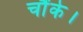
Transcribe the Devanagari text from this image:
चौंके।